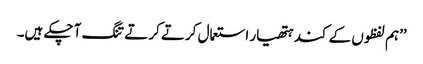
’’ہم لفظوں کے کند ہتھیار استعمال کرتے کرتے تنگ آ چکے ہیں۔